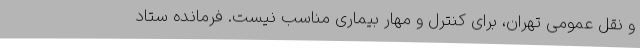
و نقل عمومی تهران، برای کنترل و مهار بیماری مناسب نیست. فرمانده ستاد